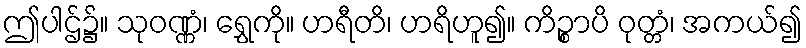
ဤပါဌ်၌။ သုဝဏ္ဏံ၊ ရွှေကို။ ဟရီတိ၊ ဟရိဟူ၍။ ကိဉ္စာပိ ဝုတ္တံ၊ အကယ်၍